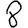
Digit: 8